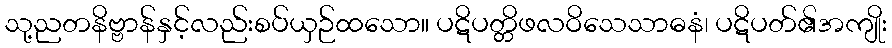
သု့ညတနိဗ္ဗာန်နှင့်လည်းစပ်ယှဉ်ထသော။ ပဋိပတ္တိဖလဝိသေသာဓနံ၊ ပဋိပတ်၏အကျိုး